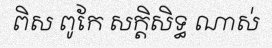
ពិស ពូកែ សក្តិសិទ្ធ ណាស់